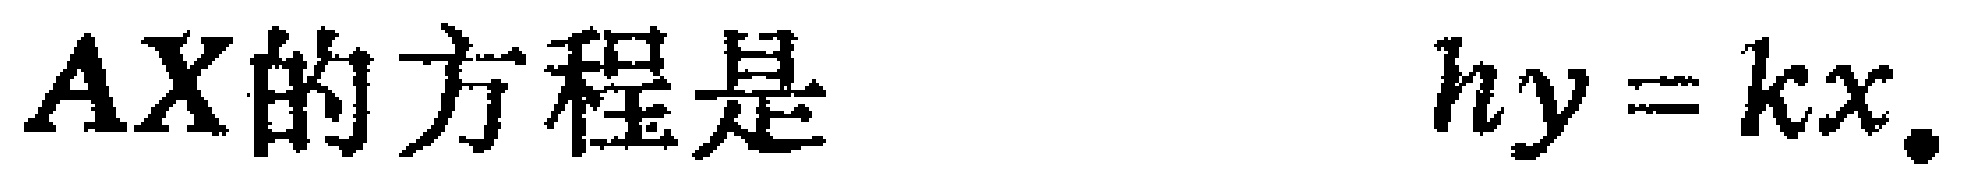
$AX的方程是\quad hy = kx.$